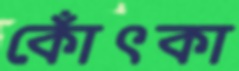
কোঁৎকা